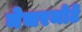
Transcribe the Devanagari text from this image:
नेचरमोर्टे